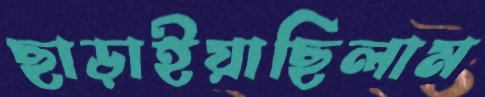
ছাড়াইয়াছিলাম